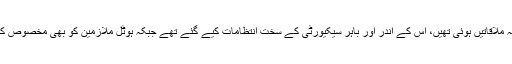
ان کا مزید کہنا تھا کہ جس ہوٹل میں یہ ملاقاتیں ہوئی تھیں، اس کے اندر اور باہر سیکیورٹی کے سخت انتظامات کیے گئے تھے جبکہ ہوٹل ملازمین کو بھی مخصوص کمروں میں جانے کی اجازت نہیں تھی۔